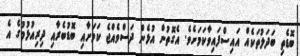
ބޮޑެތި ބަދަލުތަކެއް އައިސްފައިވާކަމަށެވެ. އެގޮތުން އުޅެން ދަސްވެއްޖެ ކަމަށާއި ބޮޑުބެރާއި ދިރިއުޅުމުގެ އެ